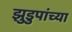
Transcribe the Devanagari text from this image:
झुडुपांच्या